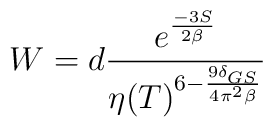
W=d \frac{e^{\frac{-3 S}{2\beta}}}{\eta(T)^{6-\frac{9 \delta_{GS}}{4  \pi^2 \beta}}}